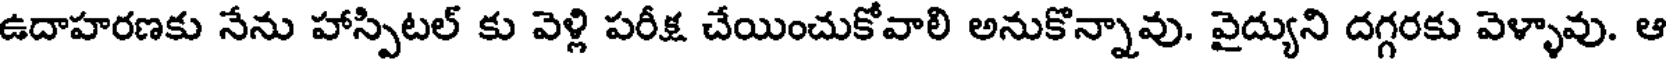
ఉదాహరణకు నేను హాస్పిటల్ కు వెళ్లి పరీక్ష చేయించుకోవాలి అనుకొన్నావు. వైద్యుని దగ్గరకు వెళ్ళావు. ఆ